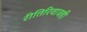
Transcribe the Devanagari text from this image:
रीतिरिवाजही